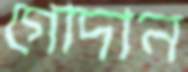
গোদান